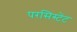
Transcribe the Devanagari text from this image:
परसिस्टेंट